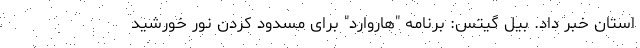
استان خبر داد. بیل گیتس: برنامه "هاروارد" برای مسدود کردن نور خورشید